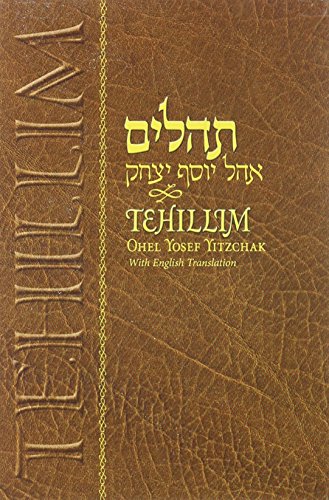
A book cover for Tehillim Ohel Yosef Yitzchok With English; King David; Religion & Spirituality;